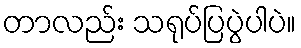
တာလည်း သရုပ်ပြပွဲပါပဲ။